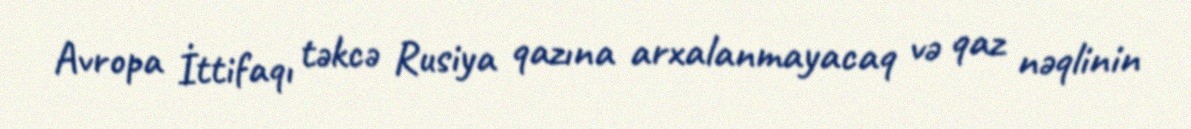
Avropa İttifaqı təkcə Rusiya qazına arxalanmayacaq və qaz nəqlinin